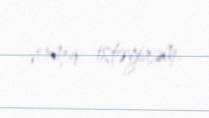
vermək istəyirəm.